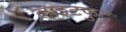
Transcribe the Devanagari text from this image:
लाइटफुट